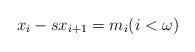
LaTeX: \begin{align*}x_i - sx_{i+1} = m_i (i < \omega)\end{align*}